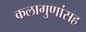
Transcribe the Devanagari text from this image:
कलागुणांसह